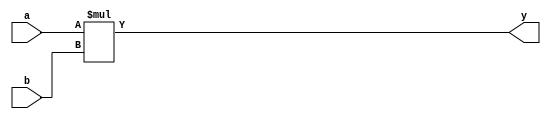
module multiply (y, a, b);
	input [4:0] a, b;
	output [4:0] y;
	reg [9:0] tempy;
	wire [4:0] y;
	assign y = tempy[4:0];
	always @(a or b)
	begin
		tempy = a * b;
	end
endmodule